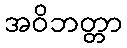
အဝိဘတ္တာ